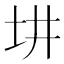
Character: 㘫